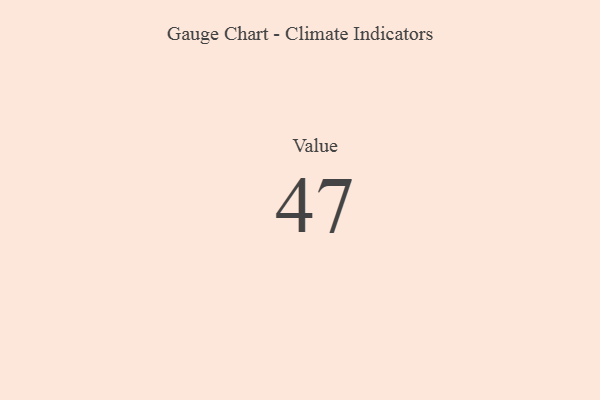
{"axis": {"x": "Metric", "y": "Value"}, "legend": [""], "data": [{"x": "Value", "y": 47, "type": ""}]}